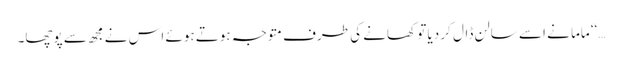
…‘‘ ماما نے اسے سالن ڈال کر دیا تو کھانے کی طرف متوجہ ہوتے ہوئے اس نے مجھ سے پوچھا۔